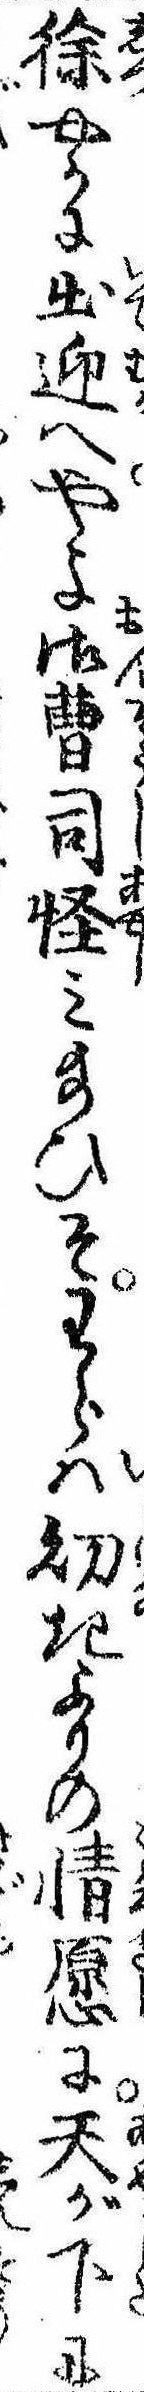
徐やかに出迎へやよ御曹司怪み給ひそわらは幼きよりの情愿に天が下に